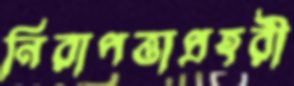
নিরাপত্তাপ্রহরী